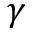
\boldsymbol { \gamma }